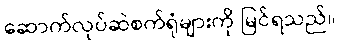
ဆောက်လုပ်ဆဲစက်ရုံများကို မြင်ရသည်။